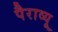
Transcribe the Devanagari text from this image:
पैराव्यू